Vaccination in Burma 1912-1922 - 1912-1922
Year: 1912
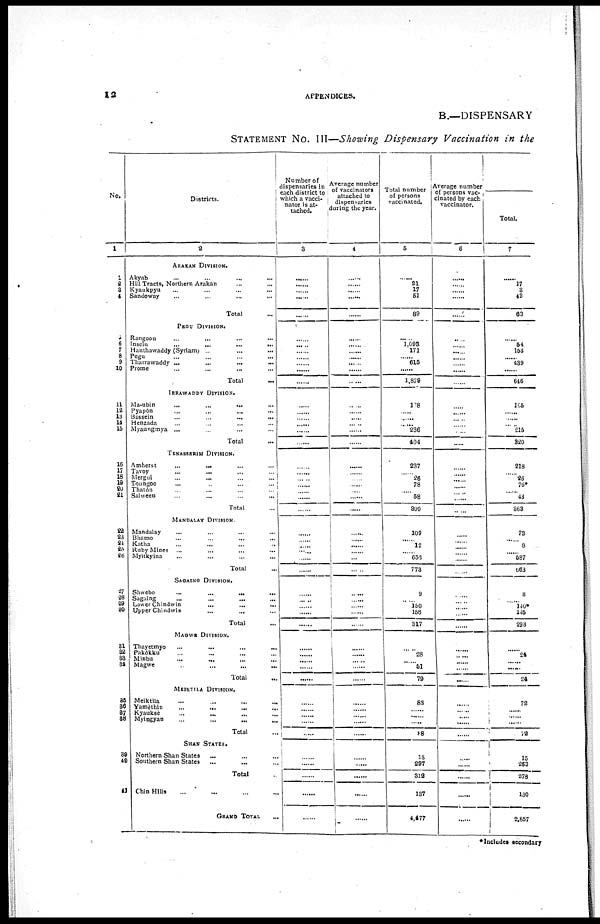
12
APPENDICES.
B.—DISPENSARY
STATEMENT No. III—Showing Dispensary Vaccination in the
No.
1
1
2
3
4
5
6
7
8
9
10
11
12
13
14
16
16
17
18
19
20 21
22
23
24 25
26
27
28
29
30
31
32
33
34
35
36
37
38
39
40
41
Districts.
2
ARAKAN DIVISION.
Akyab
...
...
...
...
Hill Tracts, Northern Arakan ... ...
Kyaukpyu ... ... ... ...
Sandoway ... ... ... ...
Total ...
PEGU DIVISION.
Rangoon ... ... ... ...
Insein
...
...
...
...
Hanthawaddy (Syriam) ...
...
...
Pegu ... ... ... ...
Tharrawaddy ... ... ... ...
Prome ... ... ... ...
Total ...
IRRAWADDY DIVISION.
Ma-ubin
...
...
... ...
Pyapôn
...
...
...
...
Bassein
...
...
...
...
Henzada ... ... ... ...
Myaungmya ...
... ... ...
Total ...
TENASSERIM DIVISION.
Amherst
...
... ... ...
Tavoy
...
... ... ...
Mergui
...
... ... ...
Toungoo ... ... ... ...
Thatôn ... ... ... ...
Salween
...
...
...
...
Total ...
MANDALAY DIVISION.
Mandalay ... ... ... ...
Bhamo
...
...
...
...
Katha ... ... ... ...
Ruby Mines
... ... ... ...
Myitkyina ... ... ... ...
Total ...
SAGAING DIVISION.
Shwebo
...
...
...
...
Sagaing ... ... ... ...
Lower Chindwin
...
...
...
Upper Chindwin
...
... ...
Total ...
MAGWE DIVISION.
Thayetmyo
...
...
...
...
Pakôkku ... ... ... ...
Minbu
...
... ... ...
Magwe ... ... ... ...
Total ...
MEIKTILA DIVISION.
Meiktila ... ... ... ...
Yamèthin ... ... ... ...
Kyauksè ... ... ... ...
Myingyan ... ... ... ...
Total ...
SHAN STATES.
Northern Shan States ... ... ...
Southern Shan States
... ... ...
Total ...
Chin Hills ... ... ... ...
GRAND TOTAL ...
Number of
dispensaries in
each district to
which a vacci-
nator is at-
tached.
3
......
......
...... ......
......
......
......
......
......
......
......
......
......
......
......
......
......
......
......
......
......
......
......
......
......
......
......
...... ......
......
......
......
......
......
......
......
......
......
......
......
......
......
......
......
......
......
......
......
......
......
......
Average number
of vaccinators
attached to
dispensaries
during the year.
4
......
......
...... ......
......
......
......
......
......
......
......
......
......
......
......
......
......
......
......
......
......
......
......
......
......
......
......
......
......
......
......
......
......
......
......
......
......
......
......
......
......
......
......
......
......
......
......
......
......
......
Total number
of persons
vaccinated.
5
......
21
17
51
89
......
1,093
171
...... 615
......
1,879
128
......
...... ...... 236
404
237
......
26
78
......
58
399
109
......
12
......
652
773
9
......
150
158
317
......
28
......
51
79
88
......
......
......
88
15
297
312
137
4,477
Average number
of persons vac-
cinated by each
vaccinator.
6
......
......
......
......
......
......
......
......
......
......
......
......
......
......
......
......
......
......
......
......
......
......
...... ......
......
......
......
......
......
......
......
......
......
......
......
......
......
......
.....
......
......
......
......
......
......
......
......
......
......
......
......
Total.
7
......
17
3
43
63
......
54
153
...... 439
......
646
105
......
.....
...... 215
320
218
......
26
76*
......
43
363
73
......
8
......
587
663
8
......
140*
145
298
......
24
.....
24
......
......
......
......
72
15
263
278
130
2,857
*Includes secondary